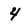
Character: 4